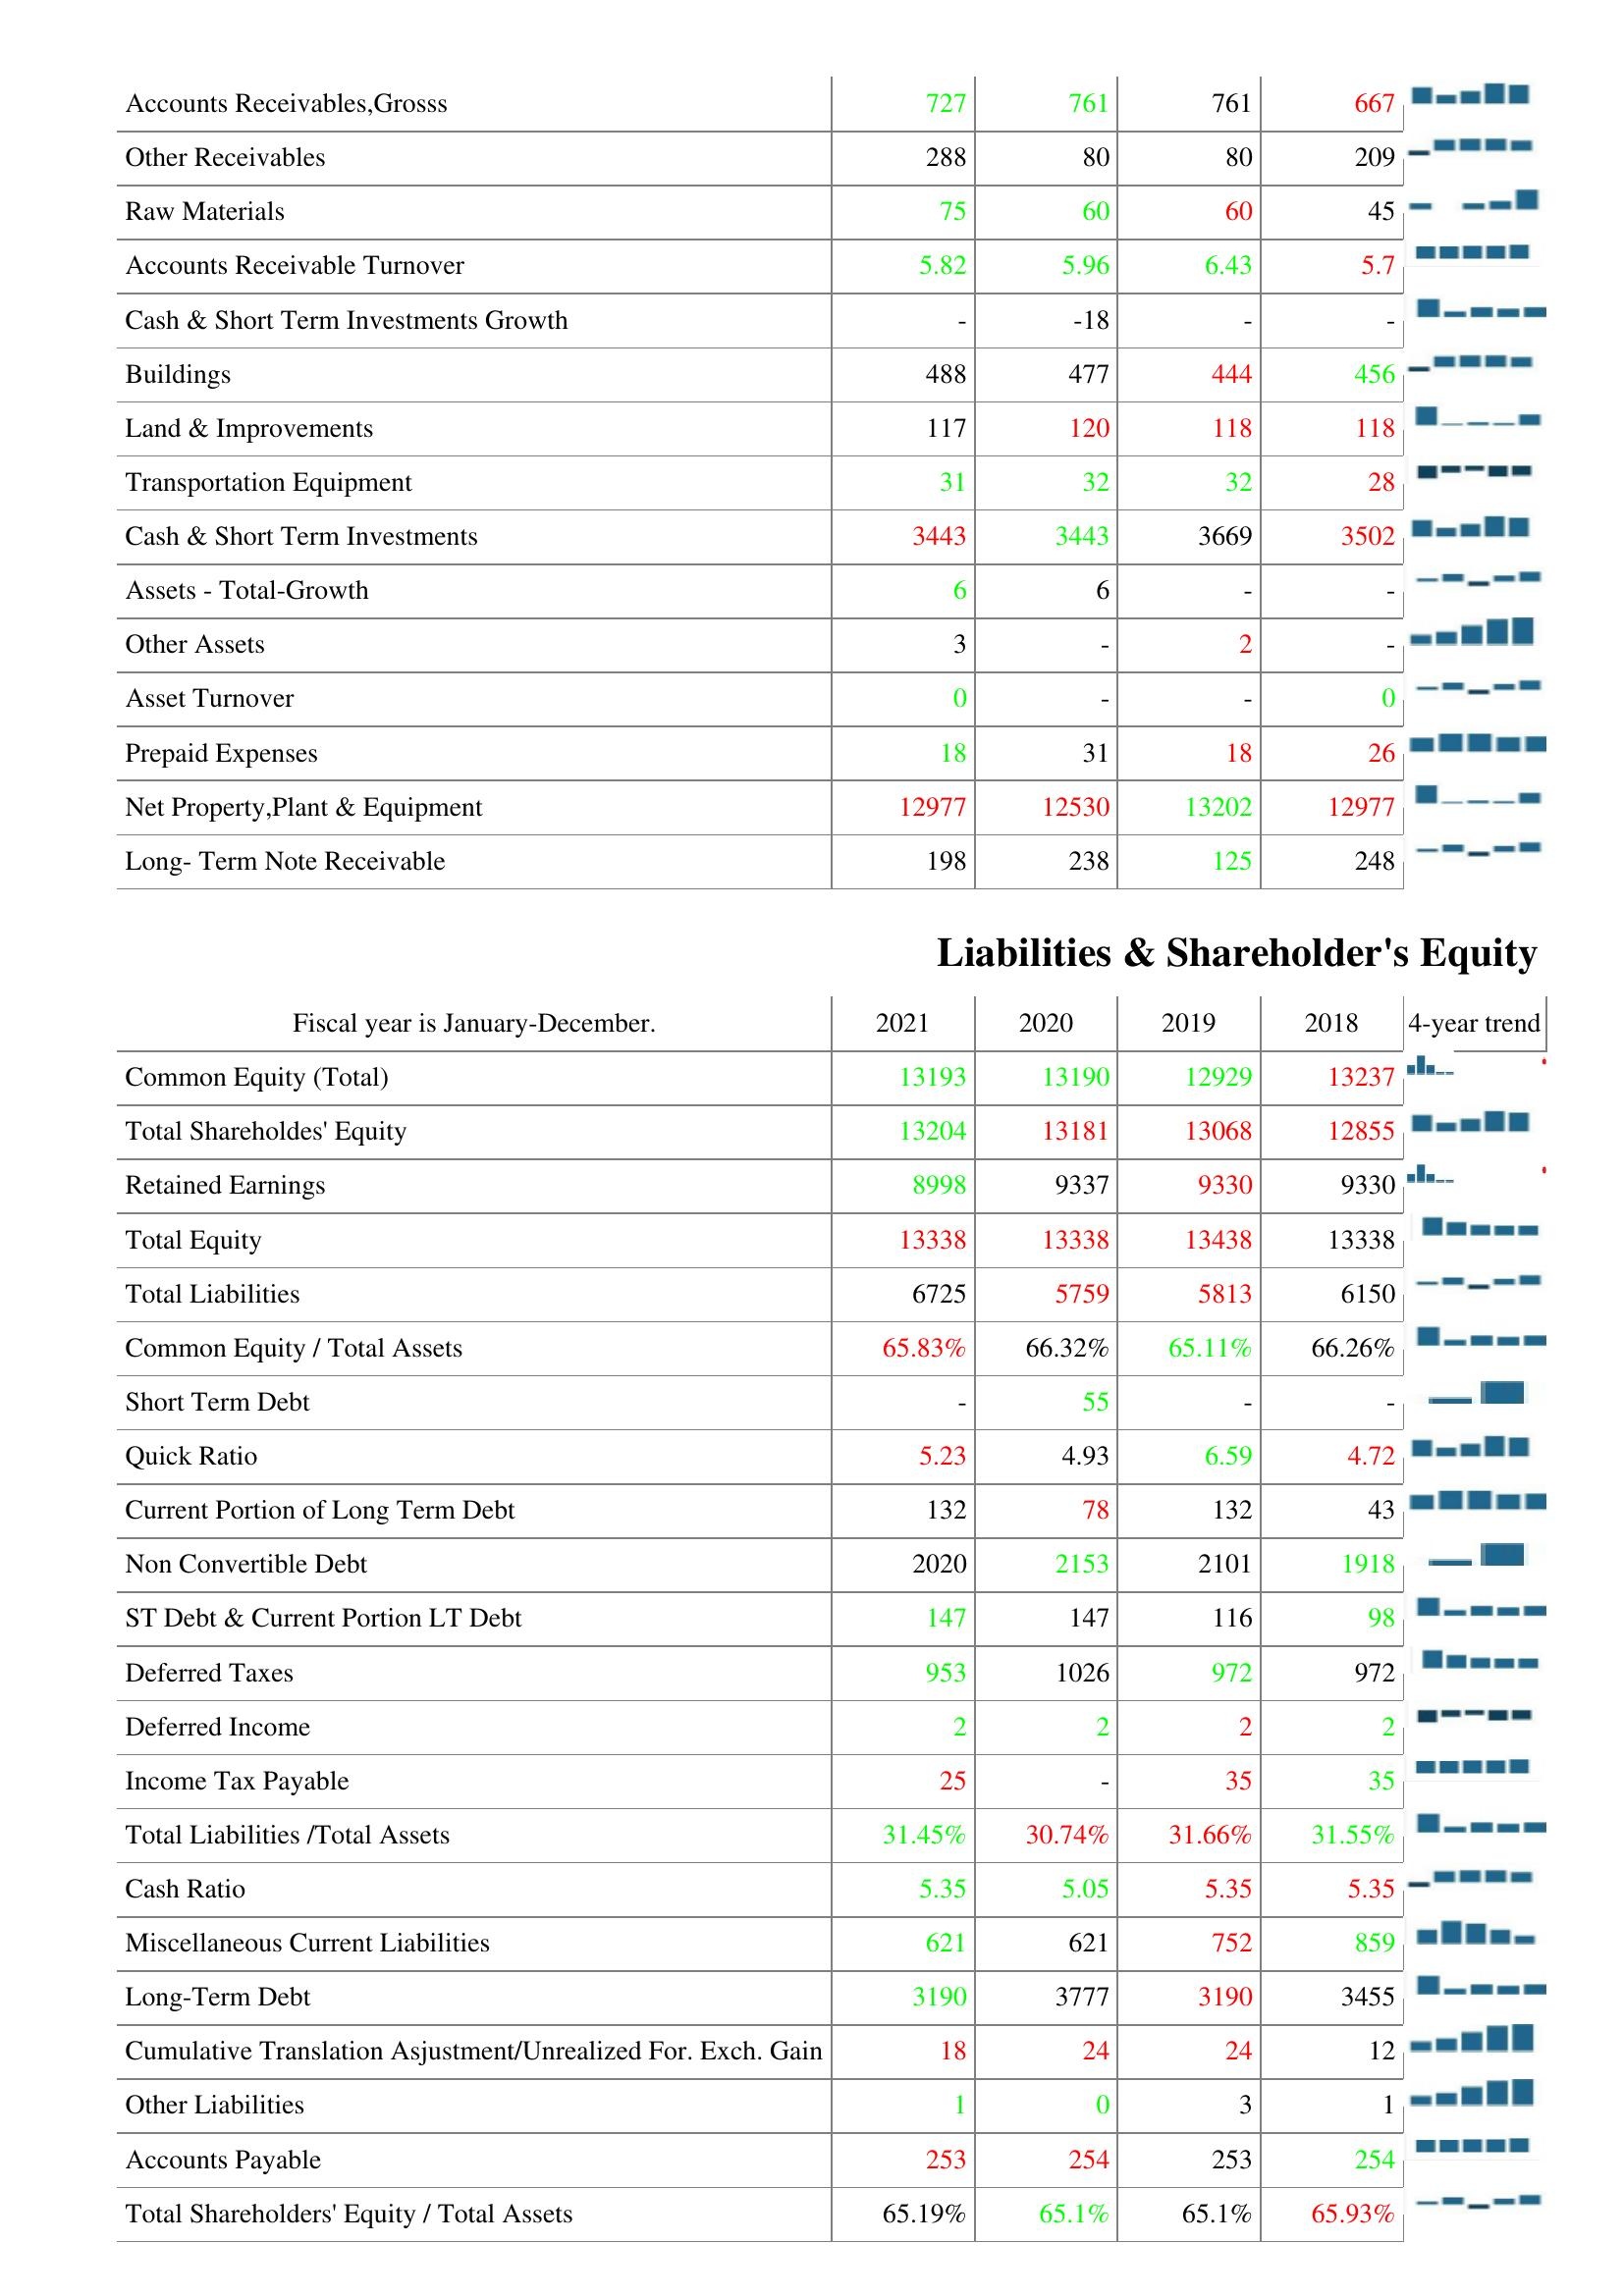
2021: Assets: Accounts Receivables,Grosss: 727
Other Receivables: 288
Raw Materials: 75
Accounts Receivable Turnover: 5.82
Cash & Short Term Investments Growth: -
Buildings: 488
Land & Improvements: 117
Transportation Equipment: 31
Cash & Short Term Investments: 3443
Assets - Total-Growth: 6
Other Assets: 3
Asset Turnover: 0
Prepaid Expenses: 18
Net Property,Plant & Equipment: 12977
Long- Term Note Receivable: 198
Liabilities & Shareholder's Equity: Common Equity (Total): 13193
Total Shareholdes' Equity: 13204
Retained Earnings: 8998
Total Equity: 13338
Total Liabilities: 6725
Common Equity / Total Assets: 65.83%
Short Term Debt: -
Quick Ratio: 5.23
Current Portion of Long Term Debt: 132
Non Convertible Debt: 2020
ST Debt & Current Portion LT Debt: 147
Deferred Taxes: 953
Deferred Income: 2
Income Tax Payable: 25
Total Liabilities /Total Assets: 31.45%
Cash Ratio: 5.35
Miscellaneous Current Liabilities: 621
Long-Term Debt: 3190
Cumulative Translation Asjustment/Unrealized For. Exch. Gain: 18
Other Liabilities: 1
Accounts Payable: 253
Total Shareholders' Equity / Total Assets: 65.19%
2020: Assets: Accounts Receivables,Grosss: 761
Other Receivables: 80
Raw Materials: 60
Accounts Receivable Turnover: 5.96
Cash & Short Term Investments Growth: -18
Buildings: 477
Land & Improvements: 120
Transportation Equipment: 32
Cash & Short Term Investments: 3443
Assets - Total-Growth: 6
Other Assets: -
Asset Turnover: -
Prepaid Expenses: 31
Net Property,Plant & Equipment: 12530
Long- Term Note Receivable: 238
Liabilities & Shareholder's Equity: Common Equity (Total): 13190
Total Shareholdes' Equity: 13181
Retained Earnings: 9337
Total Equity: 13338
Total Liabilities: 5759
Common Equity / Total Assets: 66.32%
Short Term Debt: 55
Quick Ratio: 4.93
Current Portion of Long Term Debt: 78
Non Convertible Debt: 2153
ST Debt & Current Portion LT Debt: 147
Deferred Taxes: 1026
Deferred Income: 2
Income Tax Payable: -
Total Liabilities /Total Assets: 30.74%
Cash Ratio: 5.05
Miscellaneous Current Liabilities: 621
Long-Term Debt: 3777
Cumulative Translation Asjustment/Unrealized For. Exch. Gain: 24
Other Liabilities: 0
Accounts Payable: 254
Total Shareholders' Equity / Total Assets: 65.1%
2019: Assets: Accounts Receivables,Grosss: 761
Other Receivables: 80
Raw Materials: 60
Accounts Receivable Turnover: 6.43
Cash & Short Term Investments Growth: -
Buildings: 444
Land & Improvements: 118
Transportation Equipment: 32
Cash & Short Term Investments: 3669
Assets - Total-Growth: -
Other Assets: 2
Asset Turnover: -
Prepaid Expenses: 18
Net Property,Plant & Equipment: 13202
Long- Term Note Receivable: 125
Liabilities & Shareholder's Equity: Common Equity (Total): 12929
Total Shareholdes' Equity: 13068
Retained Earnings: 9330
Total Equity: 13438
Total Liabilities: 5813
Common Equity / Total Assets: 65.11%
Short Term Debt: -
Quick Ratio: 6.59
Current Portion of Long Term Debt: 132
Non Convertible Debt: 2101
ST Debt & Current Portion LT Debt: 116
Deferred Taxes: 972
Deferred Income: 2
Income Tax Payable: 35
Total Liabilities /Total Assets: 31.66%
Cash Ratio: 5.35
Miscellaneous Current Liabilities: 752
Long-Term Debt: 3190
Cumulative Translation Asjustment/Unrealized For. Exch. Gain: 24
Other Liabilities: 3
Accounts Payable: 253
Total Shareholders' Equity / Total Assets: 65.1%
2018: Assets: Accounts Receivables,Grosss: 667
Other Receivables: 209
Raw Materials: 45
Accounts Receivable Turnover: 5.7
Cash & Short Term Investments Growth: -
Buildings: 456
Land & Improvements: 118
Transportation Equipment: 28
Cash & Short Term Investments: 3502
Assets - Total-Growth: -
Other Assets: -
Asset Turnover: 0
Prepaid Expenses: 26
Net Property,Plant & Equipment: 12977
Long- Term Note Receivable: 248
Liabilities & Shareholder's Equity: Common Equity (Total): 13237
Total Shareholdes' Equity: 12855
Retained Earnings: 9330
Total Equity: 13338
Total Liabilities: 6150
Common Equity / Total Assets: 66.26%
Short Term Debt: -
Quick Ratio: 4.72
Current Portion of Long Term Debt: 43
Non Convertible Debt: 1918
ST Debt & Current Portion LT Debt: 98
Deferred Taxes: 972
Deferred Income: 2
Income Tax Payable: 35
Total Liabilities /Total Assets: 31.55%
Cash Ratio: 5.35
Miscellaneous Current Liabilities: 859
Long-Term Debt: 3455
Cumulative Translation Asjustment/Unrealized For. Exch. Gain: 12
Other Liabilities: 1
Accounts Payable: 254
Total Shareholders' Equity / Total Assets: 65.93%